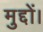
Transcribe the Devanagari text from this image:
मुद्दों।